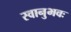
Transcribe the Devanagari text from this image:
स्वानुभवः